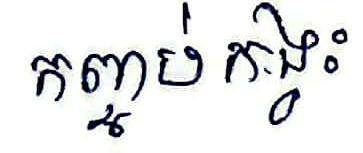
កញ្ចប់ កង្វះ